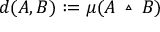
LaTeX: d ( A , B ) : = \mu ( A \vartriangle B )